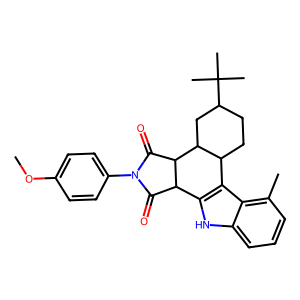
SMILES: COc1ccc(N2C(=O)C3c4[nH]c5cccc(C)c5c4C4CCC(C(C)(C)C)CC4C3C2=O)cc1
Inhibits HIV replication: No